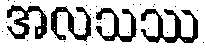
အလသဿ